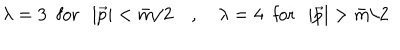
\lambda = 3 \; \mathrm { ~ f o r ~ } \; \left| \vec { p } \right| < \bar { m } / 2 \quad , \quad \lambda = 4 \; \mathrm { ~ f o r ~ } \; \left| \vec { p } \right| > \bar { m } / 2